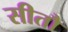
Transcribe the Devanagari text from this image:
सीतौ